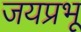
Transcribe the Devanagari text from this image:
जयप्रभू